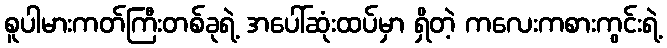
စူပါမားကတ်ကြီးတစ်ခုရဲ့ အပေါ်ဆုံးထပ်မှာ ရှိတဲ့ ကလေးကစားကွင်းရဲ့